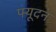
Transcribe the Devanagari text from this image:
फ्यूदन